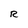
Character: R